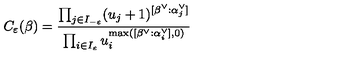
C _ { \varepsilon } ( \beta ) = \frac { \prod _ { j \in I _ { - \varepsilon } } ( u _ { j } + 1 ) ^ { [ \beta ^ { \vee } : \alpha _ { j } ^ { \vee } ] } } { \prod _ { i \in I _ { \varepsilon } } u _ { i } ^ { \max ( [ \beta ^ { \vee } : \alpha _ { i } ^ { \vee } ] , 0 ) } }